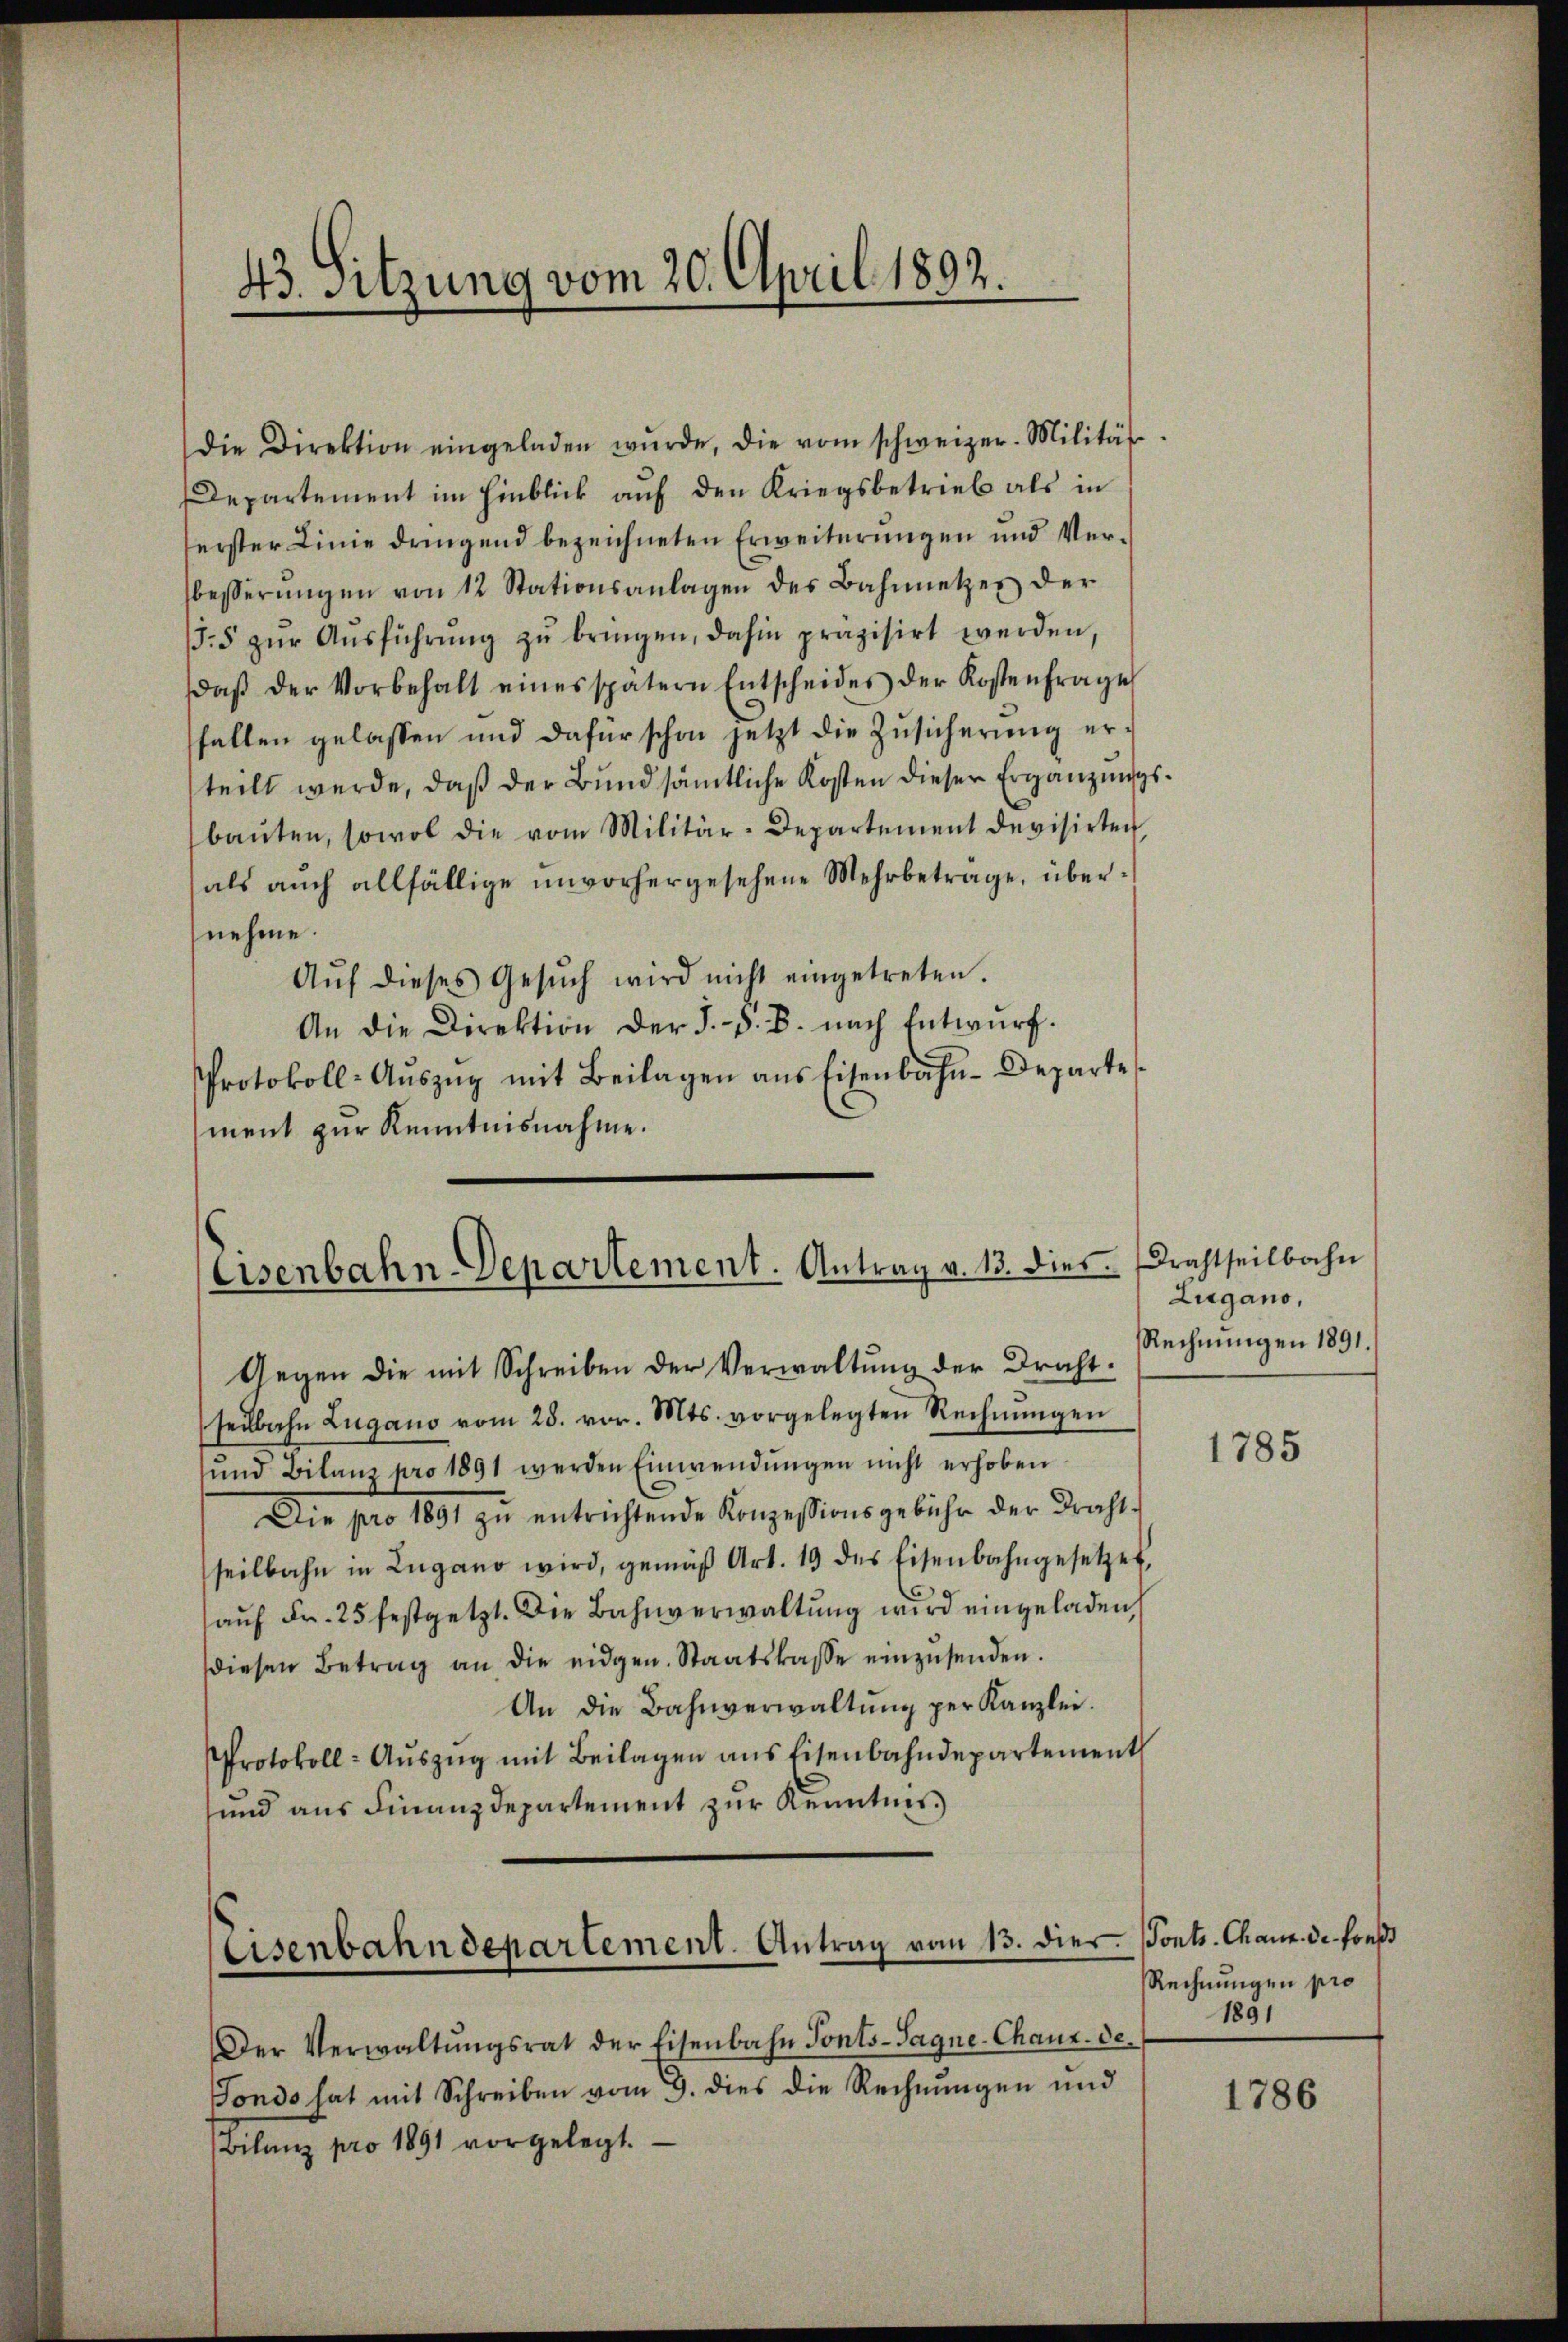
43. Sitzung vom 20. April 1892.

die Direktion eingeladen wŭrde, die vom schweizer-Militär
Departement im Hinblick auf den Kriegsbetrieb als in
erster Linie dringend bezeichneten Erweiterungen und Verbesserŭngen von 12 Stationsanlagen des Bahnnetzes der
/3.5 zŭr Aŭsführŭng zŭ bringen, dahin präzisirt werden,
daβ der Vorbehalt eines spätern Entscheides der Kostenfrage
fallen gelassen und dafür schon jetzt die Zŭsicherŭng er-
teilt werde, daß der Bund sämtliche Kosten dieser Ergänzungsbaŭten, sowol die vom Militär-Departement devisirten,
als auch allfällige unvorhergesehene Mehrbetrage, übernehme.
Aŭf dieses Gesŭch wird nicht eingetreten.
An die Direktion der J.-V. B. nach Entwŭrf.
Protokoll-Aŭszŭg mit Beilagen ans Eisenbahn-Departe
ment zur Kenntnisnahme.

Eisenbahn Departement. Antrag v. 13. dies. Drahtseilbahn

Gegen die mit Schreiben der Verwaltung der Draht-
seilbahn Lugano vom 28. vor. Mts. vorgelegten Rechnŭngen
und Bilanz pro 1891 werden Einwendŭngen nicht erhoben
Die pro 1891 zŭ entrichtende Konzessionsgebühr der Draht-
seilbahn in Zugano wird, gemäβ Art. 19 des Eisenbahngesetzes,
aŭf Fr. 25 festgetzt. Die Bahnverwaltŭng wird eingeladen,
diesen Betrag an die eidgen. Staatskasse einzusenden.
An die Bahnverwaltŭng per Kanzlei.
PProtokoll- Aŭszŭg mit Beilagen ans Eisenbahndepartement
und aus Finanzdepartement zur Kenntnis

Eisenbahndepartement. Antrag vom 13. dies

Der Verwaltŭngsrat der Eisenbahn Tonts-Tagne-Chaux-de-
Fondo hat mit Schreiben vom 9. dies die Rechnungen und
(Bilanz pro 1891 vorgelegt.

Zugano,
Rechnungen 1891.

1785

Ponts. Chann de sonst
Rechnungen pro
1891

1786